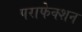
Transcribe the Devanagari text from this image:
पराफेक्शन